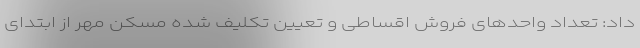
داد: تعداد واحدهای فروش اقساطی و تعیین تکلیف شده مسکن مهر از ابتدای